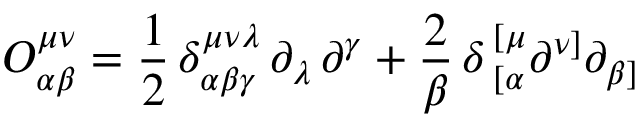
O _ { \alpha \beta } ^ { \mu \nu } = { \frac { 1 } { 2 } } \, \delta _ { \alpha \beta \gamma } ^ { \mu \nu \lambda } \, \partial _ { \lambda } \, \partial ^ { \gamma } + { \frac { 2 } { \beta } } \, \delta \, _ { [ \alpha } ^ { [ \mu } \partial ^ { \nu ] } \partial _ { \beta ] }